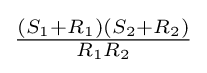
{\tfrac {(S_{1}+R_{1})(S_{2}+R_{2})}{R_{1}R_{2}}}